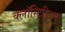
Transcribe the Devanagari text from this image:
क्लॉस्ट्रिडिअम